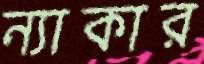
ন্যাকার